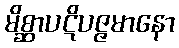
မိစ္ဆာပဋိပဇ္ဇမာနော